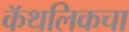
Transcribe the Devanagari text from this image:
कॅथलिकचा